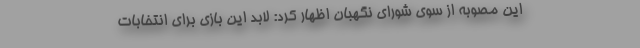
این مصوبه از سوی شورای نگهبان اظهار کرد: لابد این بازی برای انتخابات